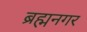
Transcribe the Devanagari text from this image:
ब्रह्मनगर